Vaccine operations Central Provinces & Berar 1922-1929 - 1922-1929
Year: 1922
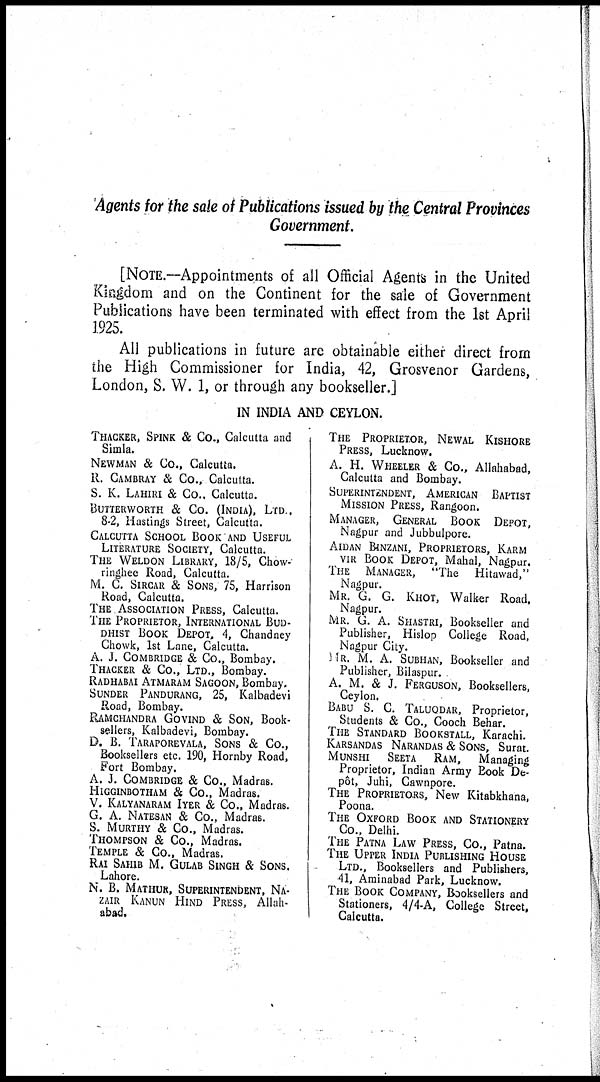
Agents for the sale of Publications issued by the Central Provinces
Government.
[NOTE.—Appointments of all Official Agents in the United
Kingdom and on the Continent for the sale of Government
Publications have been terminated with effect from the 1st April
1925.
All publications in future are obtainable either direct from
the High Commissioner for India, 42, Grosvenor Gardens,
London, S. W. 1, or through any bookseller.]
IN INDIA AND CEYLON.
THACKER, SPINK & Co., Calcutta and
Simla.
NEWMAN & Co., Calcutta.
R. CAMBRAY & Co., Calcutta.
S. K. LAHIRI & Co.. Calcutta.
BUTTERWORTH & Co. (INDIA), LTD ,
8-2, Hastings Street, Calcutta.
CALCUTTA SCHOOL BOOK AND USEFUL
LITERATURE SOCIETY, Calcutta.
THE WELDON LIBRARY, 18/5, Chow-
ringhee Road, Calcutta.
M. C. SIRCAR & SONS, 75, Harrison
Road, Calcutta.
THE ASSOCIATION PRESS, Calcutta.
THE PROPRIETOR, INTERNATIONAL BUD-
----- BOOK DEPOT, 4, Chandney
Chowk, 1st Lane, Calcutta.
A. J. COMBRIDGE & Co., Bombay.
THACKER & Co., LTD., Bombay.
RADHABAI ATMARAM SAGOON, Bombay.
SUNDER PANDURANG, 25, Kalbadevi
Road, Bombay.
RAMCHANDRA GOVIND & SON, Book-
sellers, Kalbadevi, Bombay.
D. B. TARAPOREVALA, SONS & Co.,
Booksellers etc. 190, Hornby Road,
Fort Bombay.
A. J. COMBRIDGE & Co., Madras.
HIGGINBOTHAM & Co., Madras.
V. KALYANARAM IYER & Co., Madras.
G. A. NATESAN & Co., Madras.
S. MURTHY & Co., Madras.
THOMPSON & Co., Madras.
TEMPLE & Co., Madras.
RAI SAHIB M. GULAB SINGH & SONS,
Lahore.
N. B. MATHUR, SUPERINTENDENT, NA-
ZAIR KANUN HIND PRESS, Allah-
abad.
THE PROPRIETOR, NEWAL KISHORE
PRESS, Lucknow.
A. H. WHEELER & Co., Allahabad,
Calcutta and Bombay.
SUPERINTENDENT, AMERICAN BAPTIST
MISSION PRESS, Rangoon.
MANAGER, GENERAL BOOK DEPOT,
Nagpur and Jubbulpore.
AIDAN BINZANI, PROPRIETORS, KARM
VIR BOOK DEPOT, Mahal, Nagpur.
THE MANAGER, "The Hitawad,"
Nagpur.
MR. G. G. KHOT, Walker Road,
Nagpur.
MR. G. A. SHASTRI, Bookseller and
Publisher, Hislop College Road,
Nagpur City.
mR. M. A. SUBHAN, Bookseller and
Publisher, Bilaspur.
A. M. & J. FERGUSON, Booksellers,
Ceylon.
BABU S. C. TALUQDAR, Proprietor,
Students & Co., Cooch Behar.
THE STANDARD BOOKSTALL, Karachi.
KARSANDAS NARANDAS & SONS, Surat.
MUNSHI SEETA RAM, Managing
Proprietor, Indian Army Book De-
pôt, Juhi, Cawnpore.
THE PROPRIETORS, New Kitabkhana,
Poona.
THE OXFORD BOOK AND STATIONERY
Co., Delhi.
THE PATNA LAW PRESS, Co., Patna.
THE UPPER INDIA PUBLISHING HOUSE
LTD., Booksellers and Publishers,
41, Aminabad Park, Lucknow.
THE BOOK COMPANY, Booksellers and
Stationers, 4/4-A, College Street,
Calcutta.